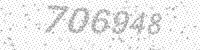
Solution: 706948